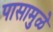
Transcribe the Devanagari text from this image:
पासामुळे